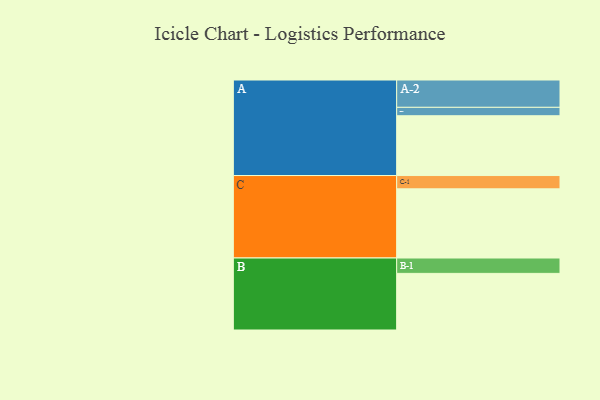
{"axis": {"x": "Segment", "y": "Value"}, "legend": ["", "A", "B", "C"], "data": [{"x": "A", "y": 490, "type": ""}, {"x": "B", "y": 464, "type": ""}, {"x": "C", "y": 567, "type": ""}, {"x": "A-1", "y": 69, "type": "A"}, {"x": "A-2", "y": 224, "type": "A"}, {"x": "B-1", "y": 126, "type": "B"}, {"x": "C-1", "y": 109, "type": "C"}]}